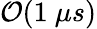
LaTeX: \mathcal{O}(1~\mu s)